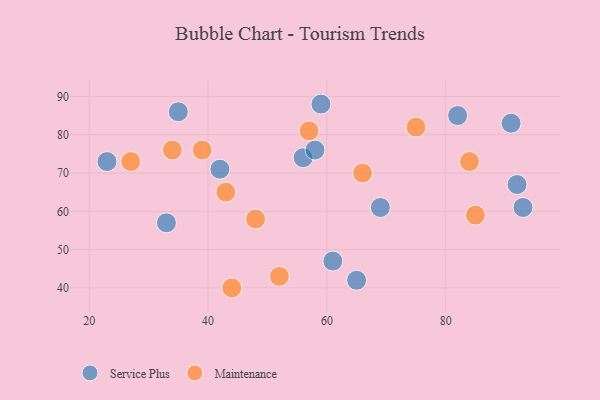
{"axis": {"x": "GDP", "y": "Life Expectancy"}, "legend": ["Maintenance", "Service Plus"], "data": [{"x": "93", "y": 61, "type": "Service Plus"}, {"x": "35", "y": 86, "type": "Service Plus"}, {"x": "56", "y": 74, "type": "Service Plus"}, {"x": "23", "y": 73, "type": "Service Plus"}, {"x": "65", "y": 42, "type": "Service Plus"}, {"x": "59", "y": 88, "type": "Service Plus"}, {"x": "82", "y": 85, "type": "Service Plus"}, {"x": "91", "y": 83, "type": "Service Plus"}, {"x": "61", "y": 47, "type": "Service Plus"}, {"x": "58", "y": 76, "type": "Service Plus"}, {"x": "42", "y": 71, "type": "Service Plus"}, {"x": "33", "y": 57, "type": "Service Plus"}, {"x": "92", "y": 67, "type": "Service Plus"}, {"x": "69", "y": 61, "type": "Service Plus"}, {"x": "84", "y": 73, "type": "Maintenance"}, {"x": "27", "y": 73, "type": "Maintenance"}, {"x": "39", "y": 76, "type": "Maintenance"}, {"x": "57", "y": 81, "type": "Maintenance"}, {"x": "66", "y": 70, "type": "Maintenance"}, {"x": "43", "y": 65, "type": "Maintenance"}, {"x": "52", "y": 43, "type": "Maintenance"}, {"x": "44", "y": 40, "type": "Maintenance"}, {"x": "34", "y": 76, "type": "Maintenance"}, {"x": "85", "y": 59, "type": "Maintenance"}, {"x": "48", "y": 58, "type": "Maintenance"}, {"x": "75", "y": 82, "type": "Maintenance"}]}